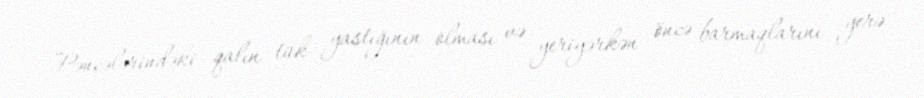
Pəncələrindəki qalın tük yastığının olması və yeriyərkən öncə barmaqlarını yerə